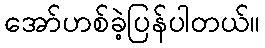
အော်ဟစ်ခဲ့ပြန်ပါတယ်။